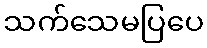
သက်သေမပြပေ